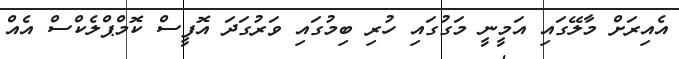
އެއިރަށް މާލޭގައި އަމީނީ މަގުގައި ހުރި ބިމުގައި ވަރުގަދަ އޮފީސް ކޮމްޕްލެކްސް އެއް